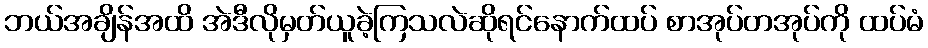
ဘယ်အချိန်အထိ အဲဒီလိုမှတ်ယူခဲ့ကြသလဲဆိုရင်နောက်ထပ် စာအုပ်တအုပ်ကို ထပ်မံ